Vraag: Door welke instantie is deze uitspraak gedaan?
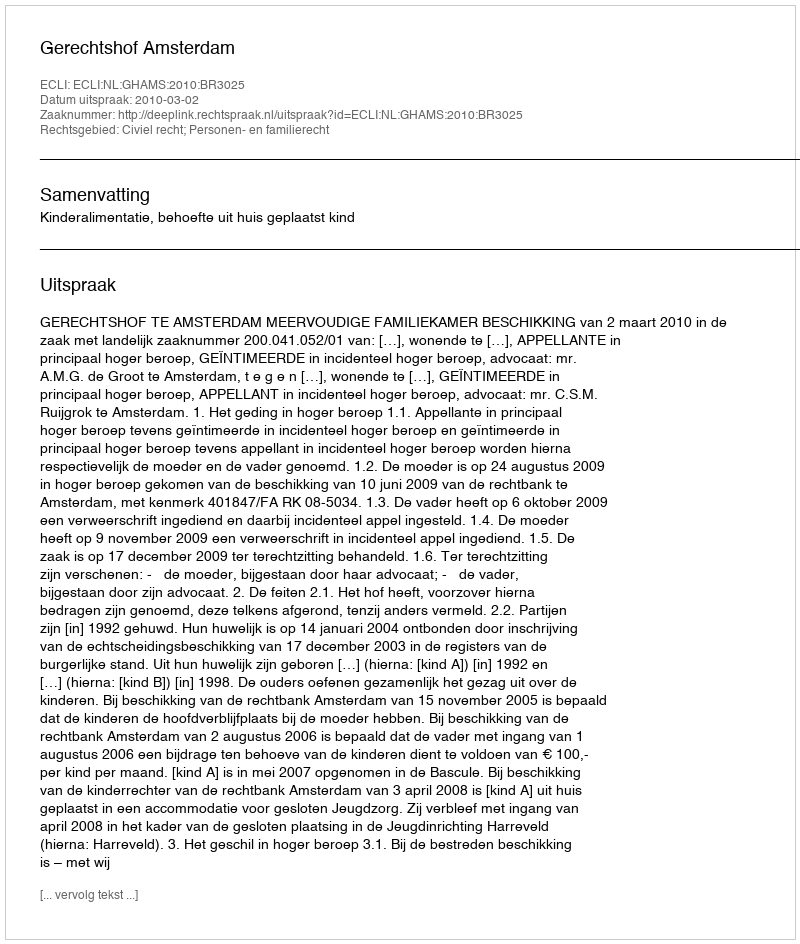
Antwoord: Gerechtshof Amsterdam